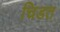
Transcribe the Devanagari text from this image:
चिडत